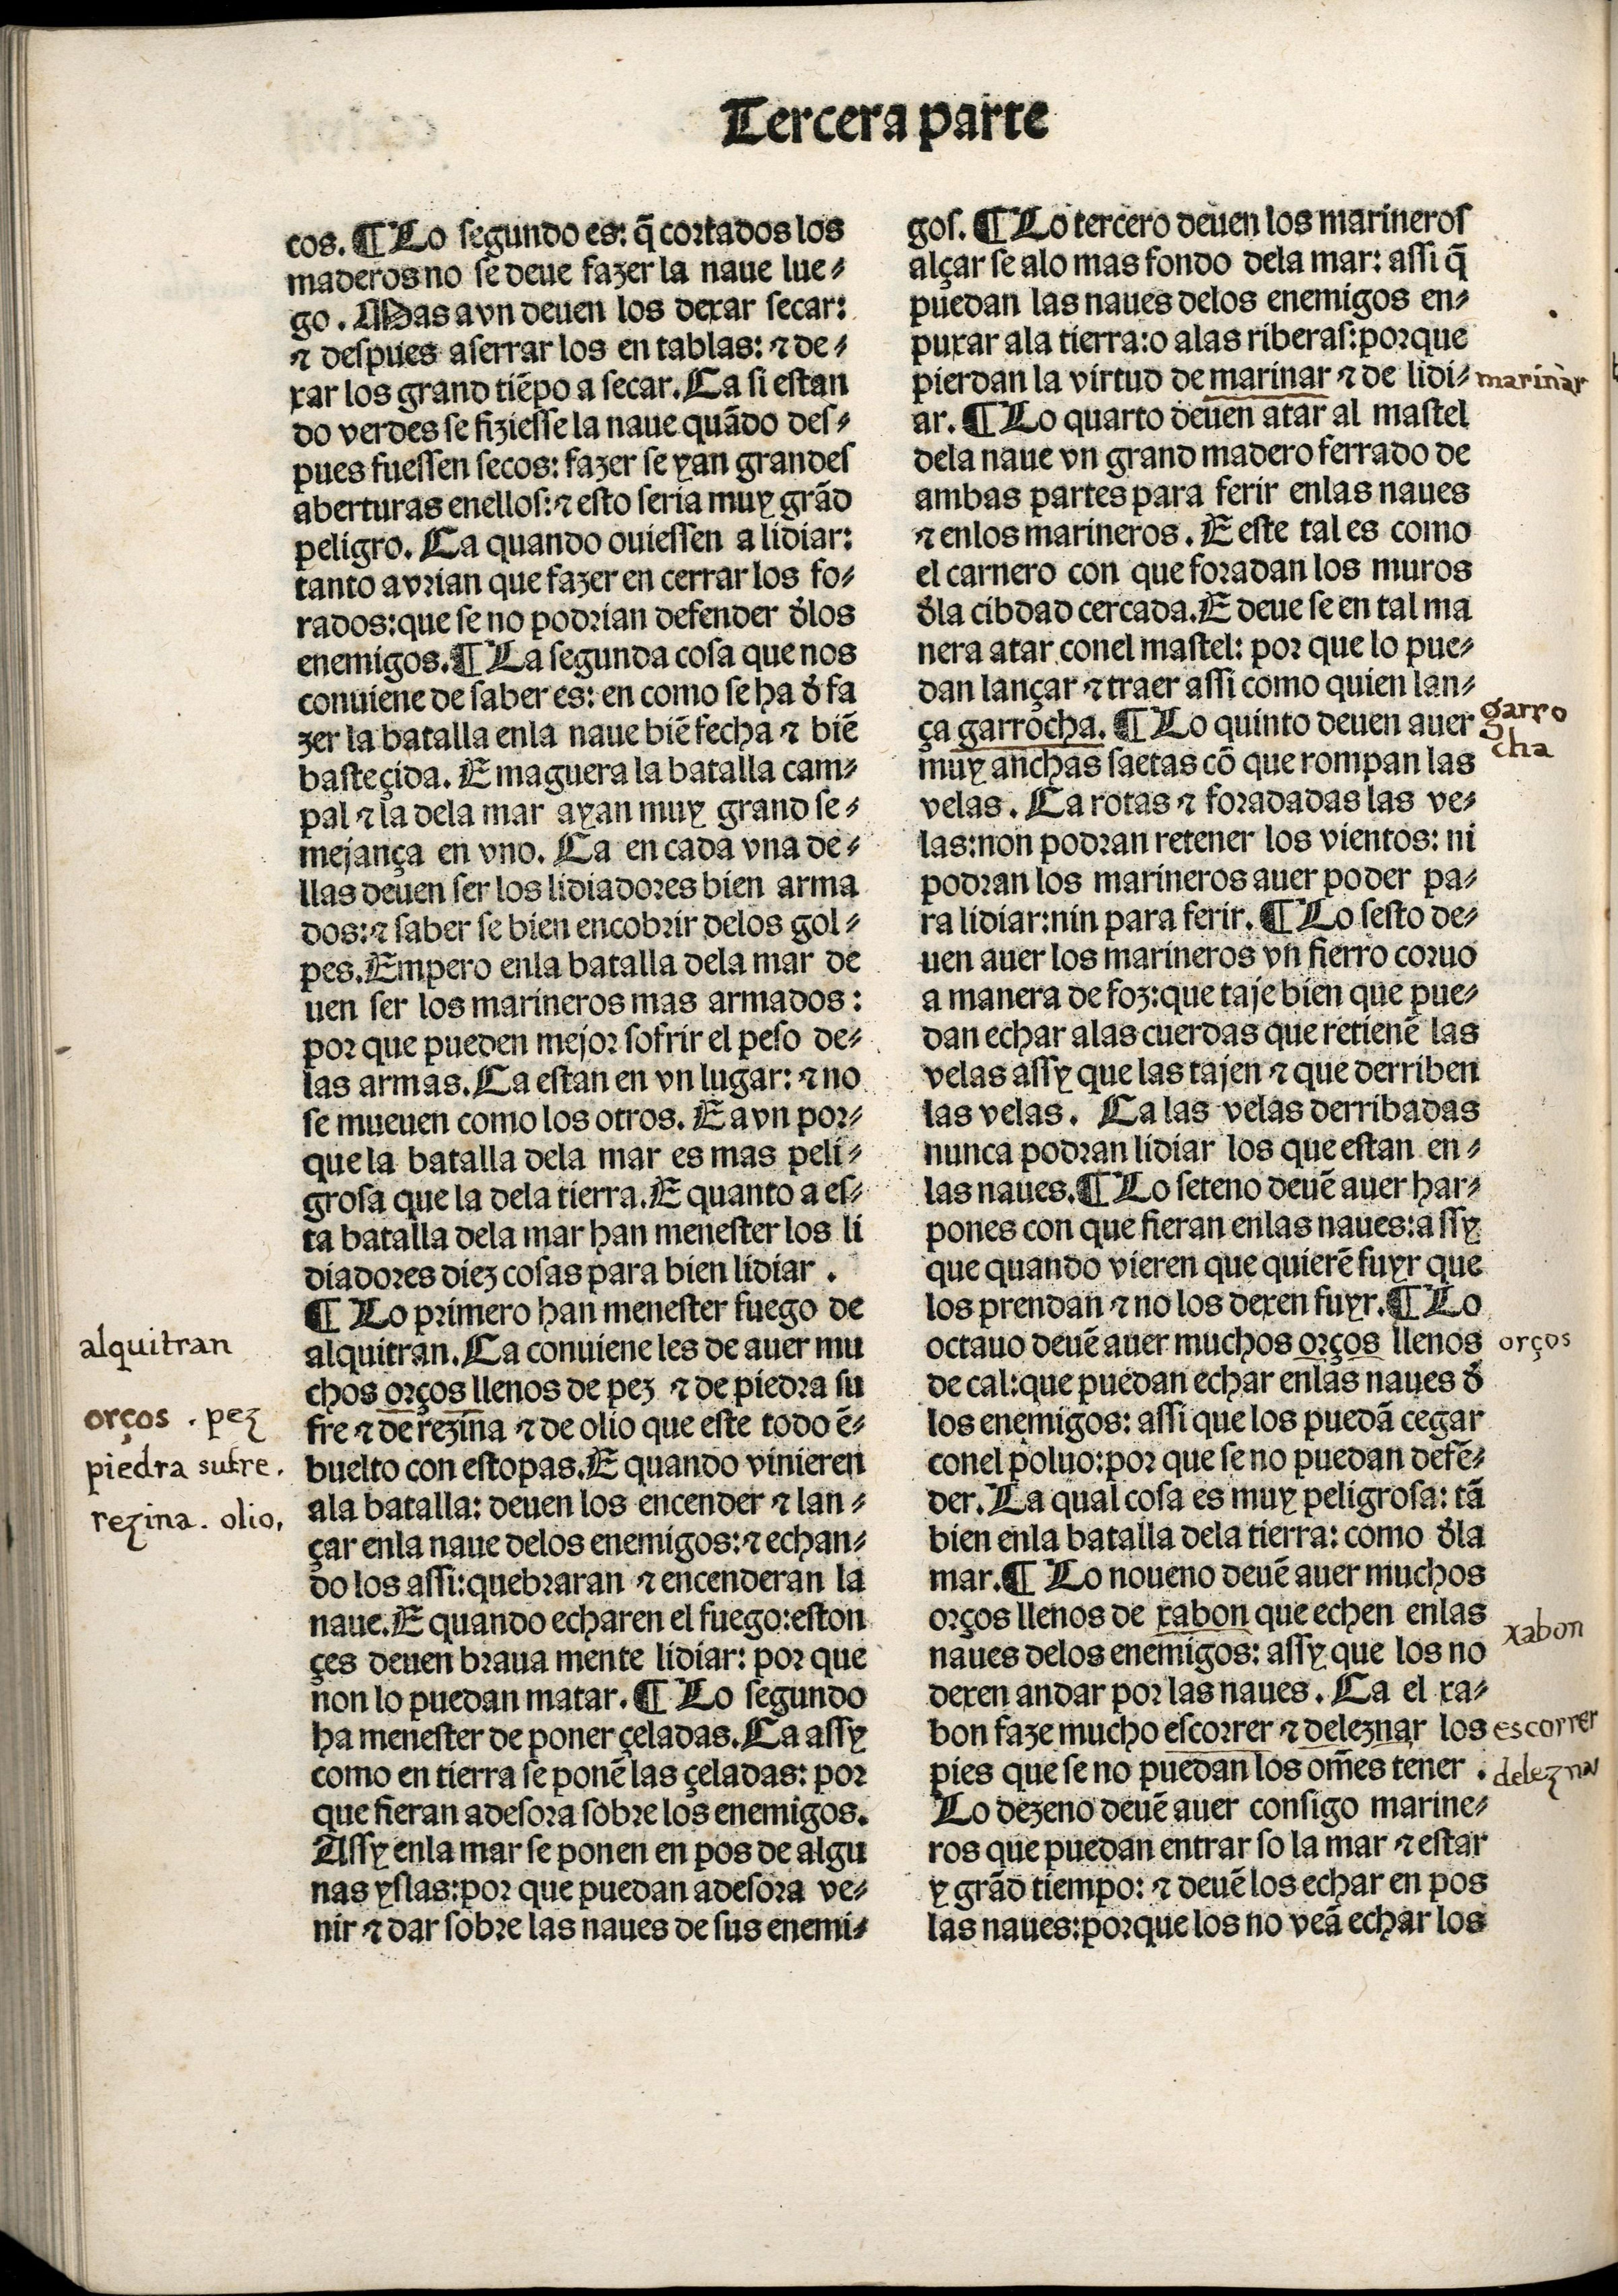
Shelfmark: Madrid, BNE, Inc. 901
Century: 15